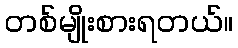
တစ်မျိုးစားရတယ်။